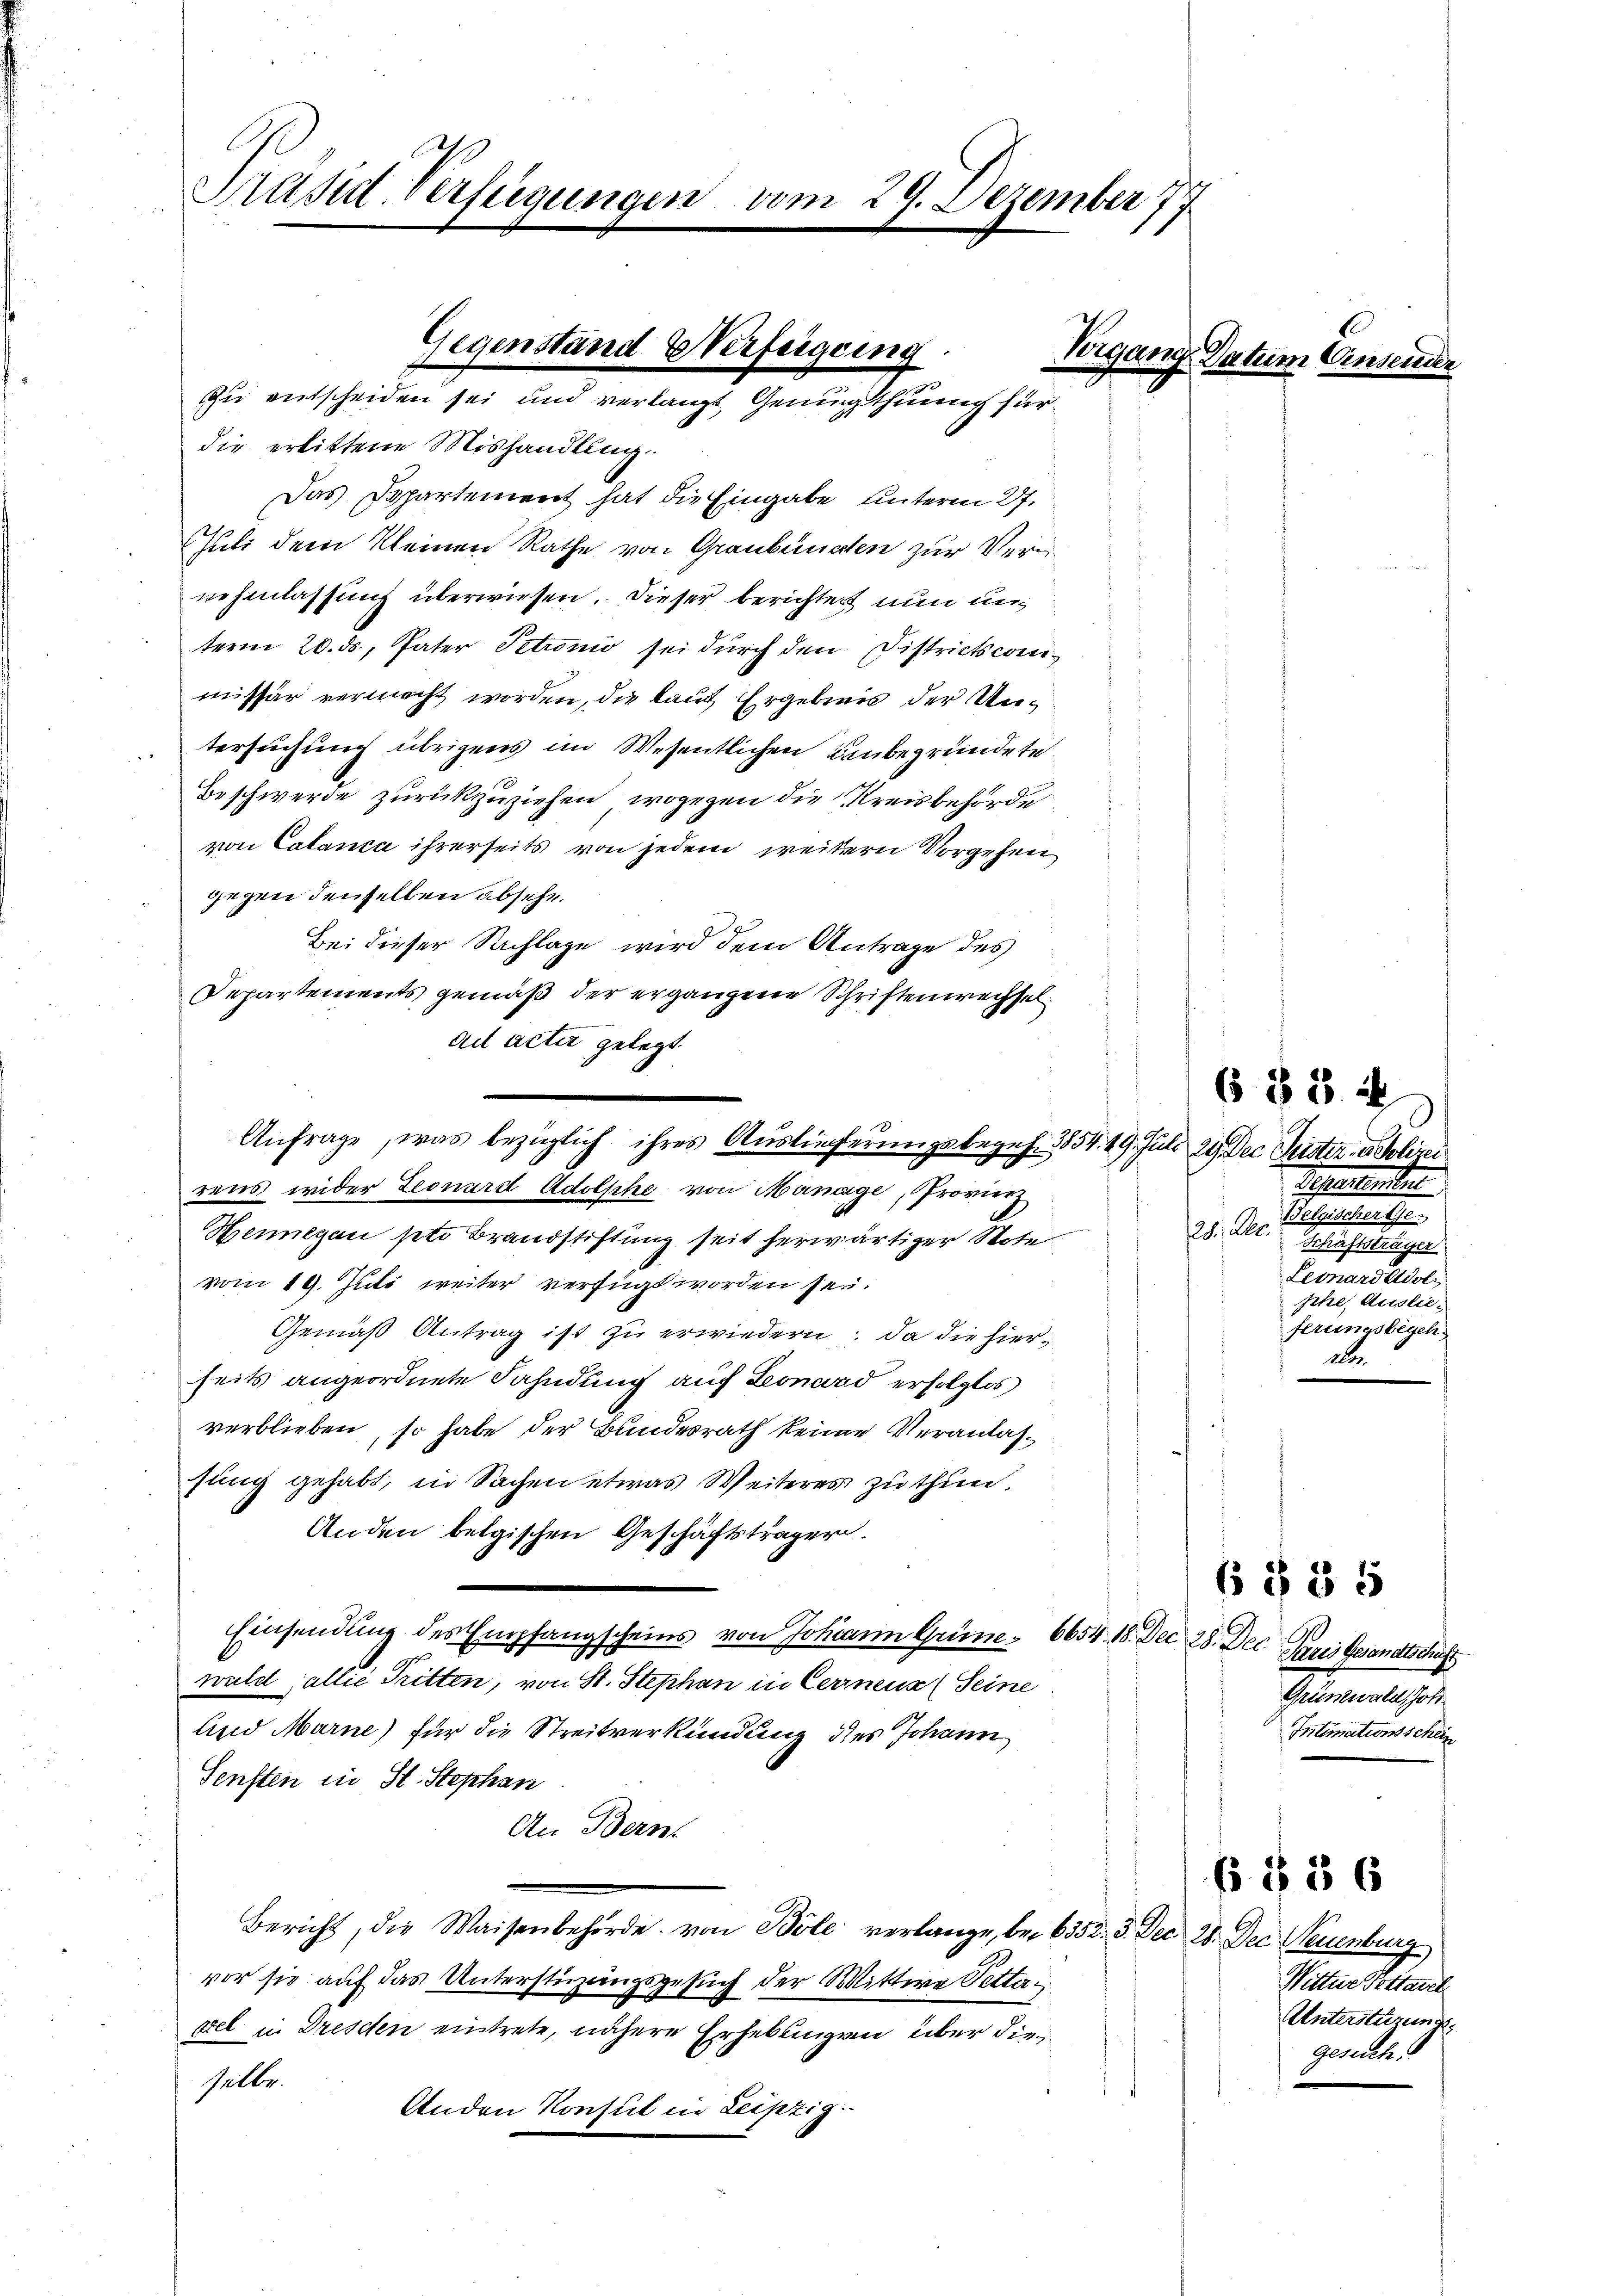
Präsid. Verfügungen vom 29. Dezember 77
e

Das Departement hat die Eingabe unterm 27.
Juli dem kleinen Rathe von Graubünden zur Verwehenlassung überwiesen. Dieser berichtet nun unterm 20. ds, Pater Petronio sei durch den Districtscommissär vermacht worden, die laut Ergebnis der Untersuchung übrigens im Wesentlichen Baubegründete
Beschwerde zurückzuziehen, wogegen die Kreisbehörde
von Calanca ihrerseits von jedem weitern Vorgehen
gegen denselben absehe
Bei dieser Sachlage wird dem Antrage des
Departements gemäß der ergangene Schriftenwechsel
ail acter gelegt.
rens wider Leonard Adolsche von Manage, Provinz
Hennegan pto Brandstiftung seit herwärtiger Note
vom 19. Juli weiter verfügt worden sei.
Gemäß Antrag ist zu erwiedern: da die hierseits angeordnete Fahndung auf Leonard erfolglos
verblieben, so habe der Bundesrath keine Veranlassung gehabt, in Sachen etwas Weiteres zu thun.
Anden belgischen Geschäftsträger.
Einsendung des Empfangscheins von Johann Grüne 6654. 18. Der 28. Dec. Paris Gesandtschaft
wuld jallié Tritten, von St. Stephan in Cerneur (Seine
Und Marne) für die Streitverkündung des Johann
Sensten in St. Stephan
An Bern.
Bericht, die Waisenbehörde von Böle verlange, bei 6352. 3. Dec. 28. Dec. Neuenburg
vor sie auf das Unterstüzungsgesuch der Mittwe Petta¬
7
xel in Dreschen eintrete, nähere Erhebungen über die
Gelle.
Anden Konsul in Leipzig.

Gegenstand Verfügung.
zu entscheiden sei und verlangt Genugthuung für
die erbittene Mishandlung.

Anfrage, was bezüglich ihres Auslieferungsbegeh. 3854. 19. Juli 21. Dec. Geister u. Polizei

C
Vergang Datum Unserede.

685. 4

Schalleisten
e
h. Als
ee eine
Leonardidoli
phe Auslie-
ferungsbegeh
de

Grünewald, Joh.
Intimationsschein

6 § 35

Wittwe Pottasel
Unterstüzung
gesuch.

6 § 56